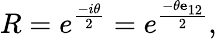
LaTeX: R=e^{\frac{-i\theta}{2}}=e^{\frac{-\theta\mathbf{e}_{12}}{2}},